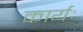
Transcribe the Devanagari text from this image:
कार्यः